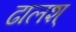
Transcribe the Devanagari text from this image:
ढालश्